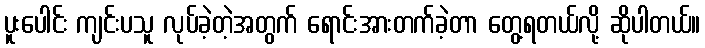
ပူးပေါင်း ကျင်းပသူ လုပ်ခဲ့တဲ့အတွက် ရောင်းအားတက်ခဲ့တာ တွေ့ရတယ်လို့ ဆိုပါတယ်။